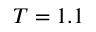
T = 1 . 1